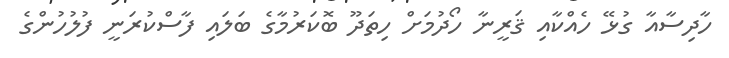
ހާދިސާއާ ގުޅޭ ހެއްކާއި ޤަރީނާ ހޯދުމަށް ހިތަދޫ ބޮކަރުމާގެ ބަލައި ފާސްކުރަނީ ފުލުހުންގެ